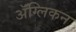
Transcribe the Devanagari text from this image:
ॲंग्लिकन